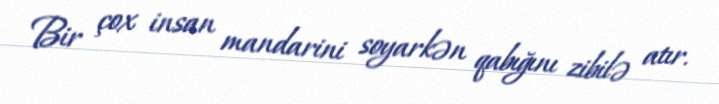
Bir çox insan mandarini soyarkən qabığını zibilə atır.